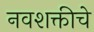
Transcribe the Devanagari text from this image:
नवशक्तीचे